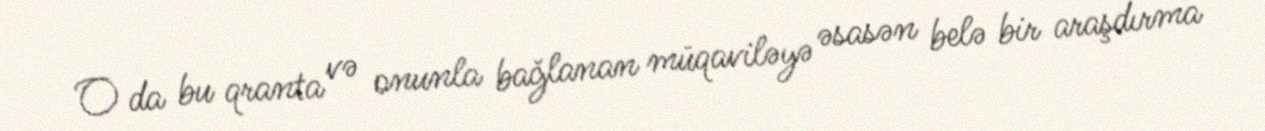
O da bu qranta və onunla bağlanan müqaviləyə əsasən belə bir araşdırma